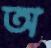
অ